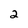
Character: 2